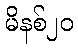
မိနစ်၂၀